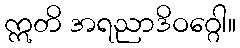
ဣတိ အရညာဒိဝဂ္ဂေါ။